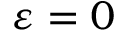
\varepsilon = 0